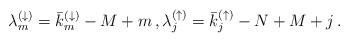
LaTeX: \begin{align*} \lambda^{(\downarrow)}_m = \bar{k}_m^{(\downarrow)} - M+m \,, \lambda^{(\uparrow)}_j = \bar{k}_j^{(\uparrow)} - N + M + j \, .\end{align*}